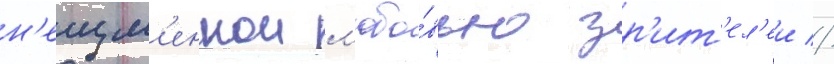
н'еизм'еннои л'юбо́вью зр'ит'ел'еи //